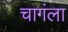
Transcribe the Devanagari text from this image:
चागंला